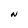
Character: N